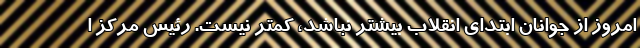
امروز از جوانان ابتدای انقلاب بیشتر نباشد، کمتر نیست. رئیس مرکز ا